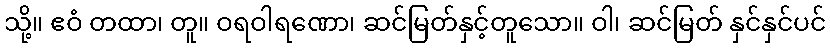
သို့။ ဧဝံ တထာ၊ တူ။ ဝရဝါရဏော၊ ဆင်မြတ်နှင့်တူသော။ ဝါ၊ ဆင်မြတ် နှင်နှင်ပင်